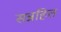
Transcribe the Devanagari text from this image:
सन्नहित